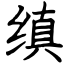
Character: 缜